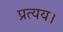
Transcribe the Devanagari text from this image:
प्रत्यय।